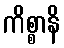
ကိစ္စာနိ